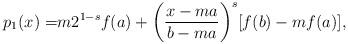
LaTeX: \begin{align*} p_{1}(x)=& m2^{1-s}f(a)+\bigg(\frac{x-ma}{b-ma}\bigg)^s[f(b)-mf(a)], \end{align*}